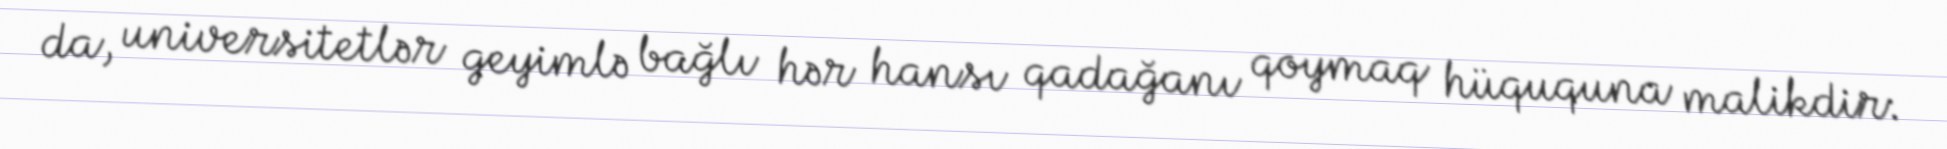
da, universitetlər geyimlə bağlı hər hansı qadağanı qoymaq hüququna malikdir: